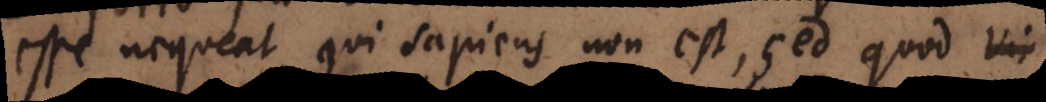
esse nequeat, qui sapiens non est, sed quod vir